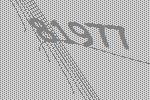
81977